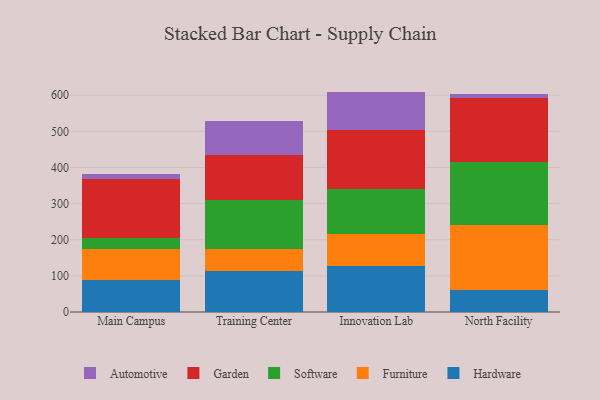
{"axis": {"x": "Campus", "y": "Energy Usage (MWh)"}, "legend": ["Automotive", "Furniture", "Garden", "Hardware", "Software"], "data": [{"x": "Main Campus", "y": 89.8, "type": "Hardware"}, {"x": "Main Campus", "y": 85.8, "type": "Furniture"}, {"x": "Main Campus", "y": 30.4, "type": "Software"}, {"x": "Main Campus", "y": 162.3, "type": "Garden"}, {"x": "Main Campus", "y": 12.5, "type": "Automotive"}, {"x": "Training Center", "y": 113.7, "type": "Hardware"}, {"x": "Training Center", "y": 61.9, "type": "Furniture"}, {"x": "Training Center", "y": 135.0, "type": "Software"}, {"x": "Training Center", "y": 123.1, "type": "Garden"}, {"x": "Training Center", "y": 93.7, "type": "Automotive"}, {"x": "Innovation Lab", "y": 127.6, "type": "Hardware"}, {"x": "Innovation Lab", "y": 88.7, "type": "Furniture"}, {"x": "Innovation Lab", "y": 125.3, "type": "Software"}, {"x": "Innovation Lab", "y": 163.6, "type": "Garden"}, {"x": "Innovation Lab", "y": 104.9, "type": "Automotive"}, {"x": "North Facility", "y": 61.5, "type": "Hardware"}, {"x": "North Facility", "y": 179.2, "type": "Furniture"}, {"x": "North Facility", "y": 175.1, "type": "Software"}, {"x": "North Facility", "y": 176.5, "type": "Garden"}, {"x": "North Facility", "y": 11.4, "type": "Automotive"}]}